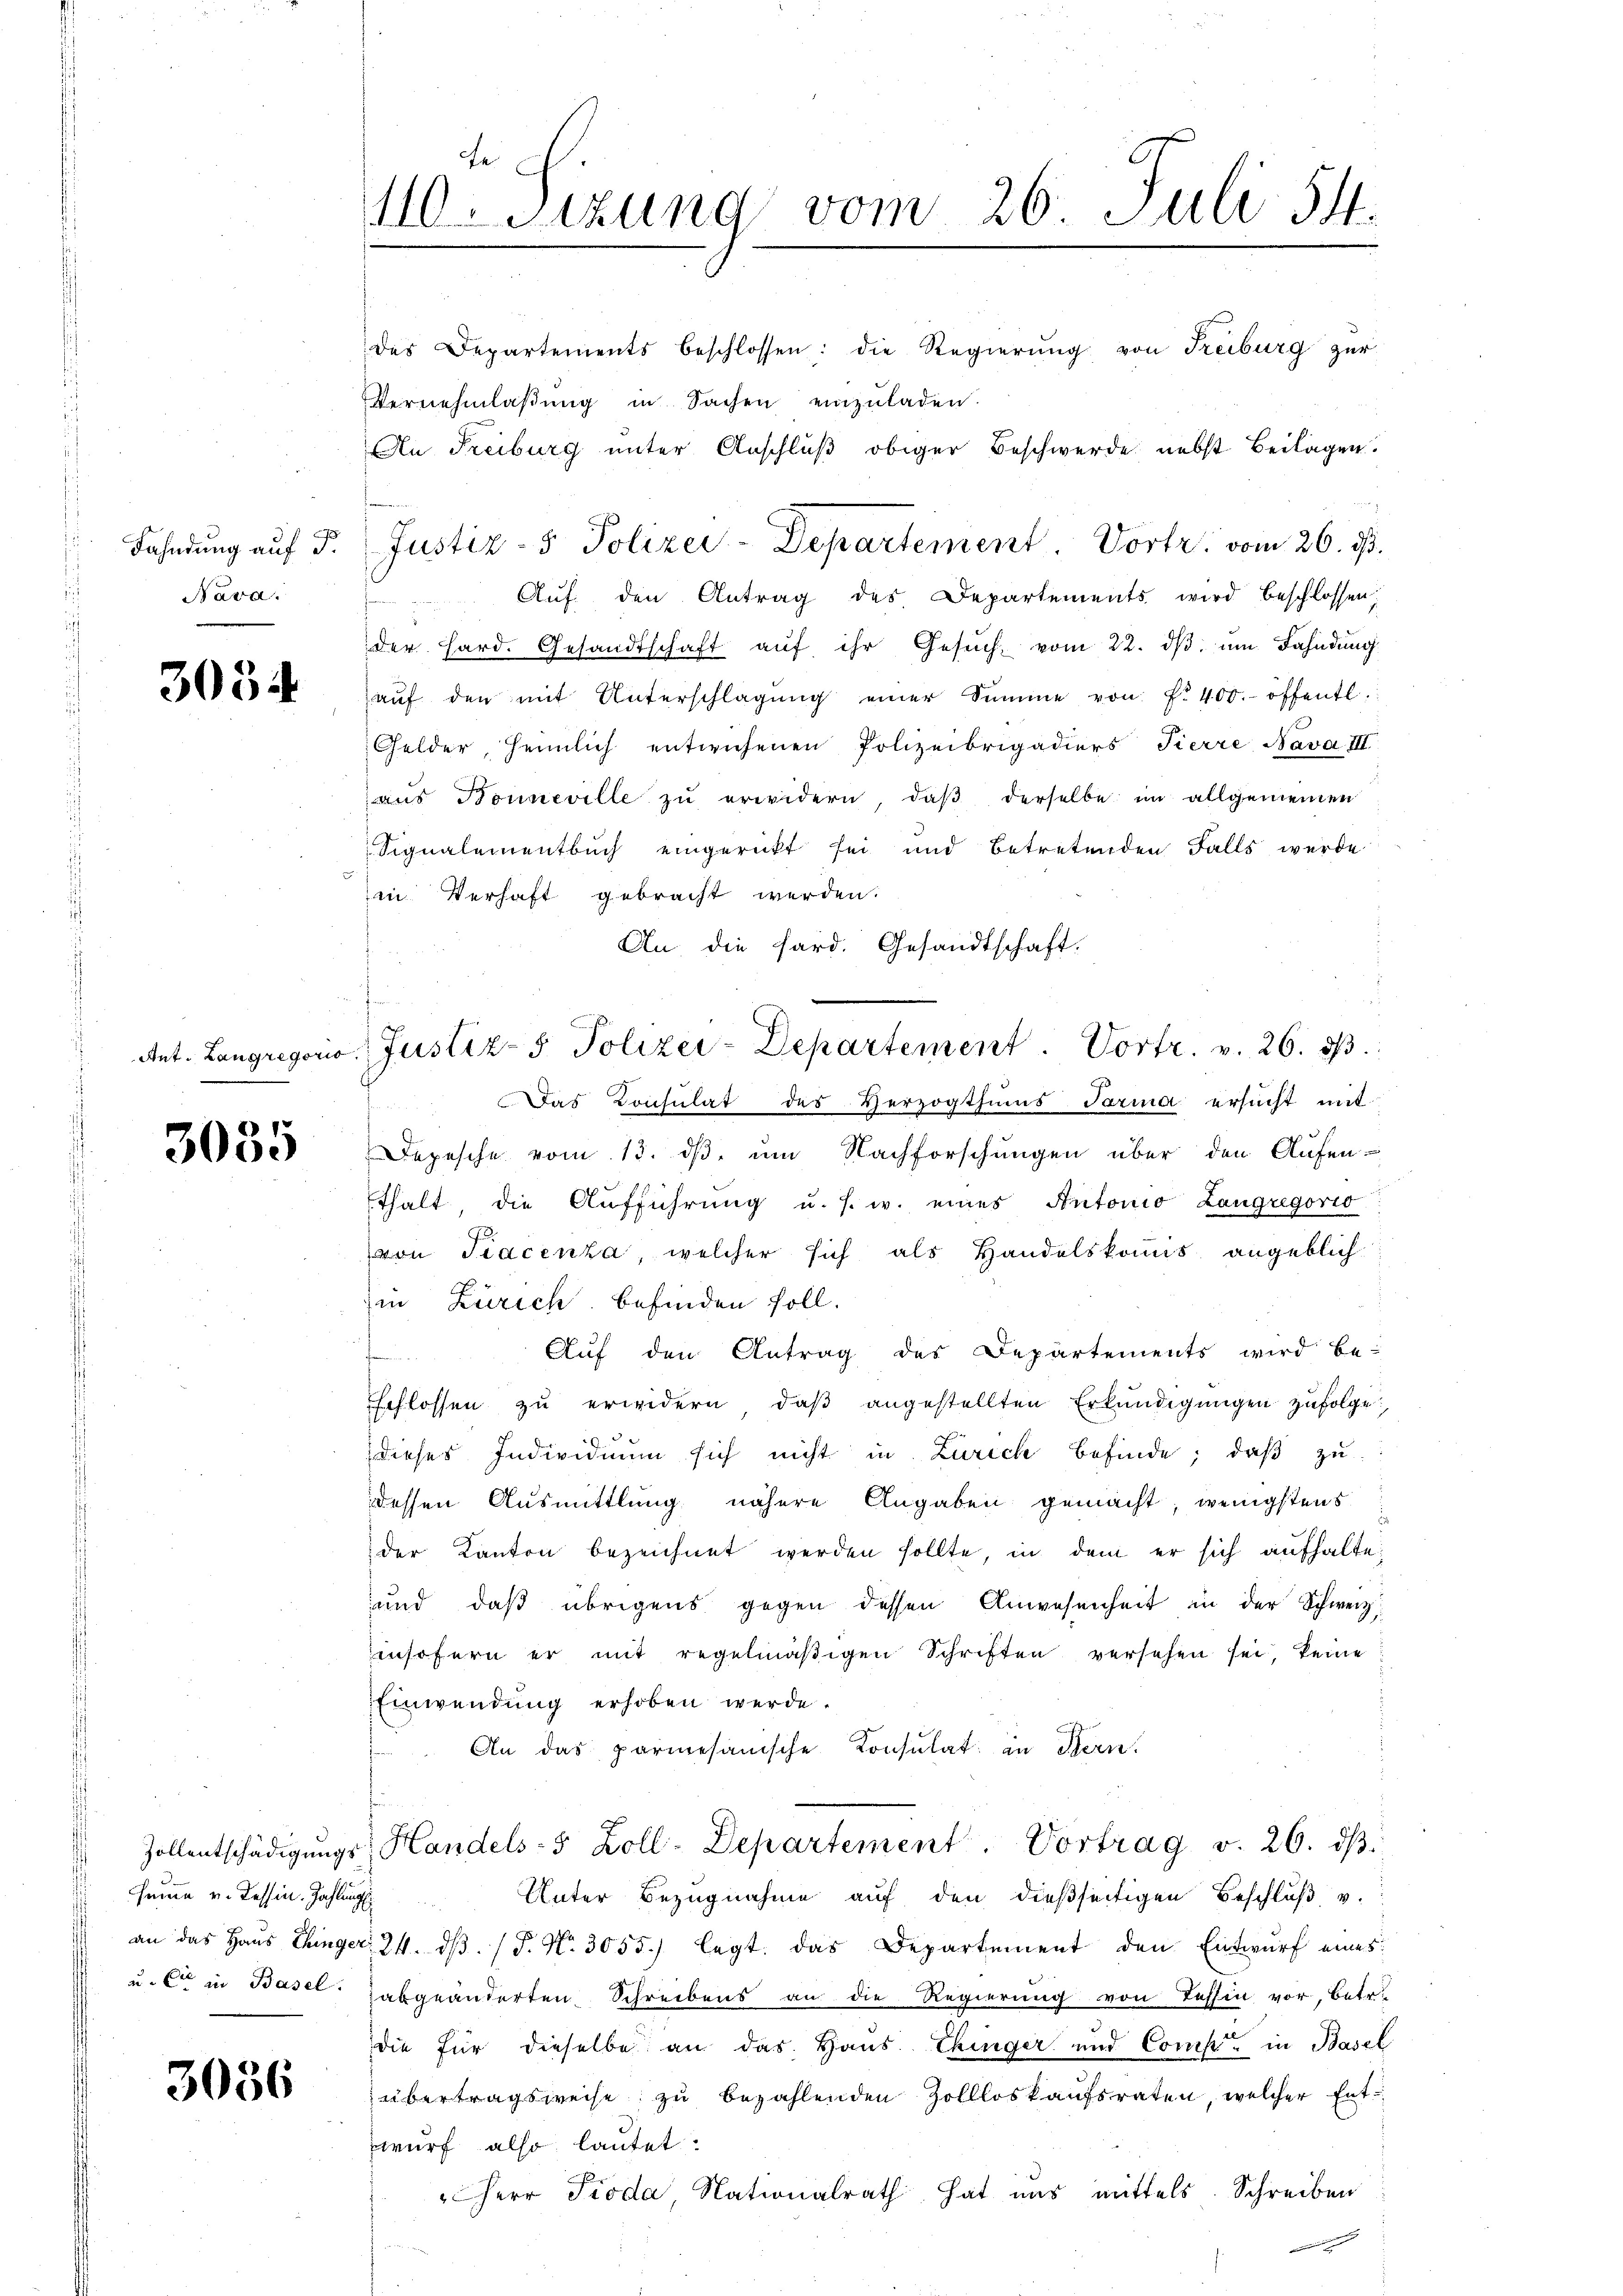
Fahndung auf P
Nava.

3054

Ant. Langregorio

3035

Hemme v. Tessin. Zahlung
u. Cie in Basel.

3056

te
110. Sitzung vom 26. Juli 54.

des Departements beschlossen: die Regierung von Freiburg zur

Vernehmlassung in Sachen einzuladen.
An Freiburg unter Anschluß obiger Beschwerde nebst Beilagen.
Auf den Antrag des Departements wird beschlossen,
der Hard. Gesandtschaft aŭf ihr Gesŭch vom 22. dβ ŭm Fahndŭng
aŭf den mit Unterschlagung einer Summe von f. 400.- öffentl.
Gelder, heimlich entwichenen Polizeibrigadiers Tierre Nava III
aŭs Bonneville zŭ erwidern, daβ derselbe im allgemeinen
Signalementbuch eingerückt sei und betretenden Falls werde
in Verhaft gebracht werden.
An die fard. Gesandtschaft.
Das Consulat des Herzogthums Tarina ersŭcht mit
Depesche vom 13. ds. um Nachforschungen über den Aufen-
thalt, die Aufführung u. s. w. eines Antonio Langregorio
von Tracenza, welcher sich als Handelskommis angeblich-
Ein Zürich befinden soll.
Auf den Antrag des Departements wird be-
Pr
Eschlossen zu erwidern, daß angestellten Erkundigungen zufolge,
dieses Individuum sich nicht in Zürich befinde, daβ zŭ
dessen Ausmittlung nähere Angaben gemacht; wenigstens
der Kanton bezeichnet werden sollte, in dem er sich aufhalte,
und daß übrigens gegen dessen Anwesenheit in der Schweiz
insofern er mit regelmäβigen Schriften versehen sei, keine
Einwendung erhoben werde.
An das parmesanische Konsulat in Hern.
Zollentschädigŭngs Handels- 5 Zoll-Departement. Vortrag v. 26. dβ
Unter Bezugnahme auf den dießseitigen Beschluß v.
an das Haus Chinger 24. dβ. (T. No. 3055.) legt. das Departement den Entwurf eines
abgeänderten Schreibens an die Regierung von Tessin vor, betr.
die für dieselbe an das Haus. Einger und Comp. in Basel
übertragsweise zu bezahlenden Zollloskaufsraten, welcher Entwurf also lautet:
Herr Pioda, Nationalrath hat uns mittels. Schreiben

c. Justiz- Polizei-Departement. Vortr. v. 26. dβ.

Justiz- & Polizei-Departement. Vortr. vom 26. ist.